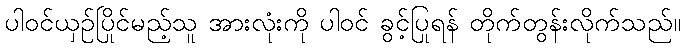
ပါဝင်ယှဉ်ပြိုင်မည့်သူ အားလုံးကို ပါဝင် ခွင့်ပြုရန် တိုက်တွန်းလိုက်သည်။